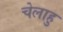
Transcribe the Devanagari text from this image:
चेलाहु